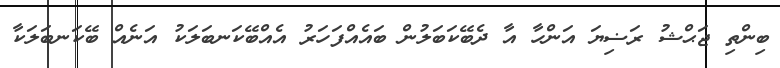
ބިންތި ޖަޙްޝު ރަޟިޔަ އަންހާ އާ ދެބޭކަބަލުން ބައެއްފަހަރު އެއްބޭކަނބަލަކު އަނެއް ބޭކަނބަލަކާ